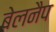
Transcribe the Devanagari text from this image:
बेलनैप